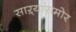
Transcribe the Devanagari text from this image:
साऱ्यांसमोर